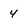
Character: 4